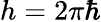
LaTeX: h=2\pi\hbar